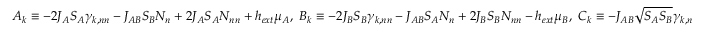
A _ { k } \equiv - 2 J _ { A } S _ { A } { \gamma } _ { k , n n } - J _ { A B } S _ { B } N _ { n } + 2 J _ { A } S _ { A } N _ { n n } + h _ { e x t } { \mu } _ { A } , \ B _ { k } \equiv - 2 J _ { B } S _ { B } { \gamma } _ { k , n n } - J _ { A B } S _ { A } N _ { n } + 2 J _ { B } S _ { B } N _ { n n } - h _ { e x t } { \mu } _ { B } , \ C _ { k } \equiv - J _ { A B } \sqrt { S _ { A } S _ { B } } { \gamma } _ { k , n }